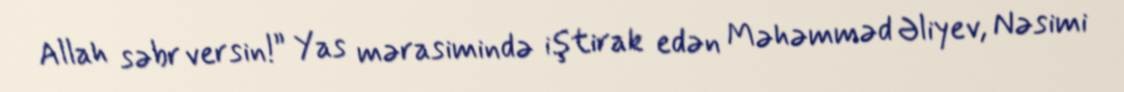
Allah səbr versin!” Yas mərasimində iştirak edən Məhəmməd Əliyev, Nəsimi